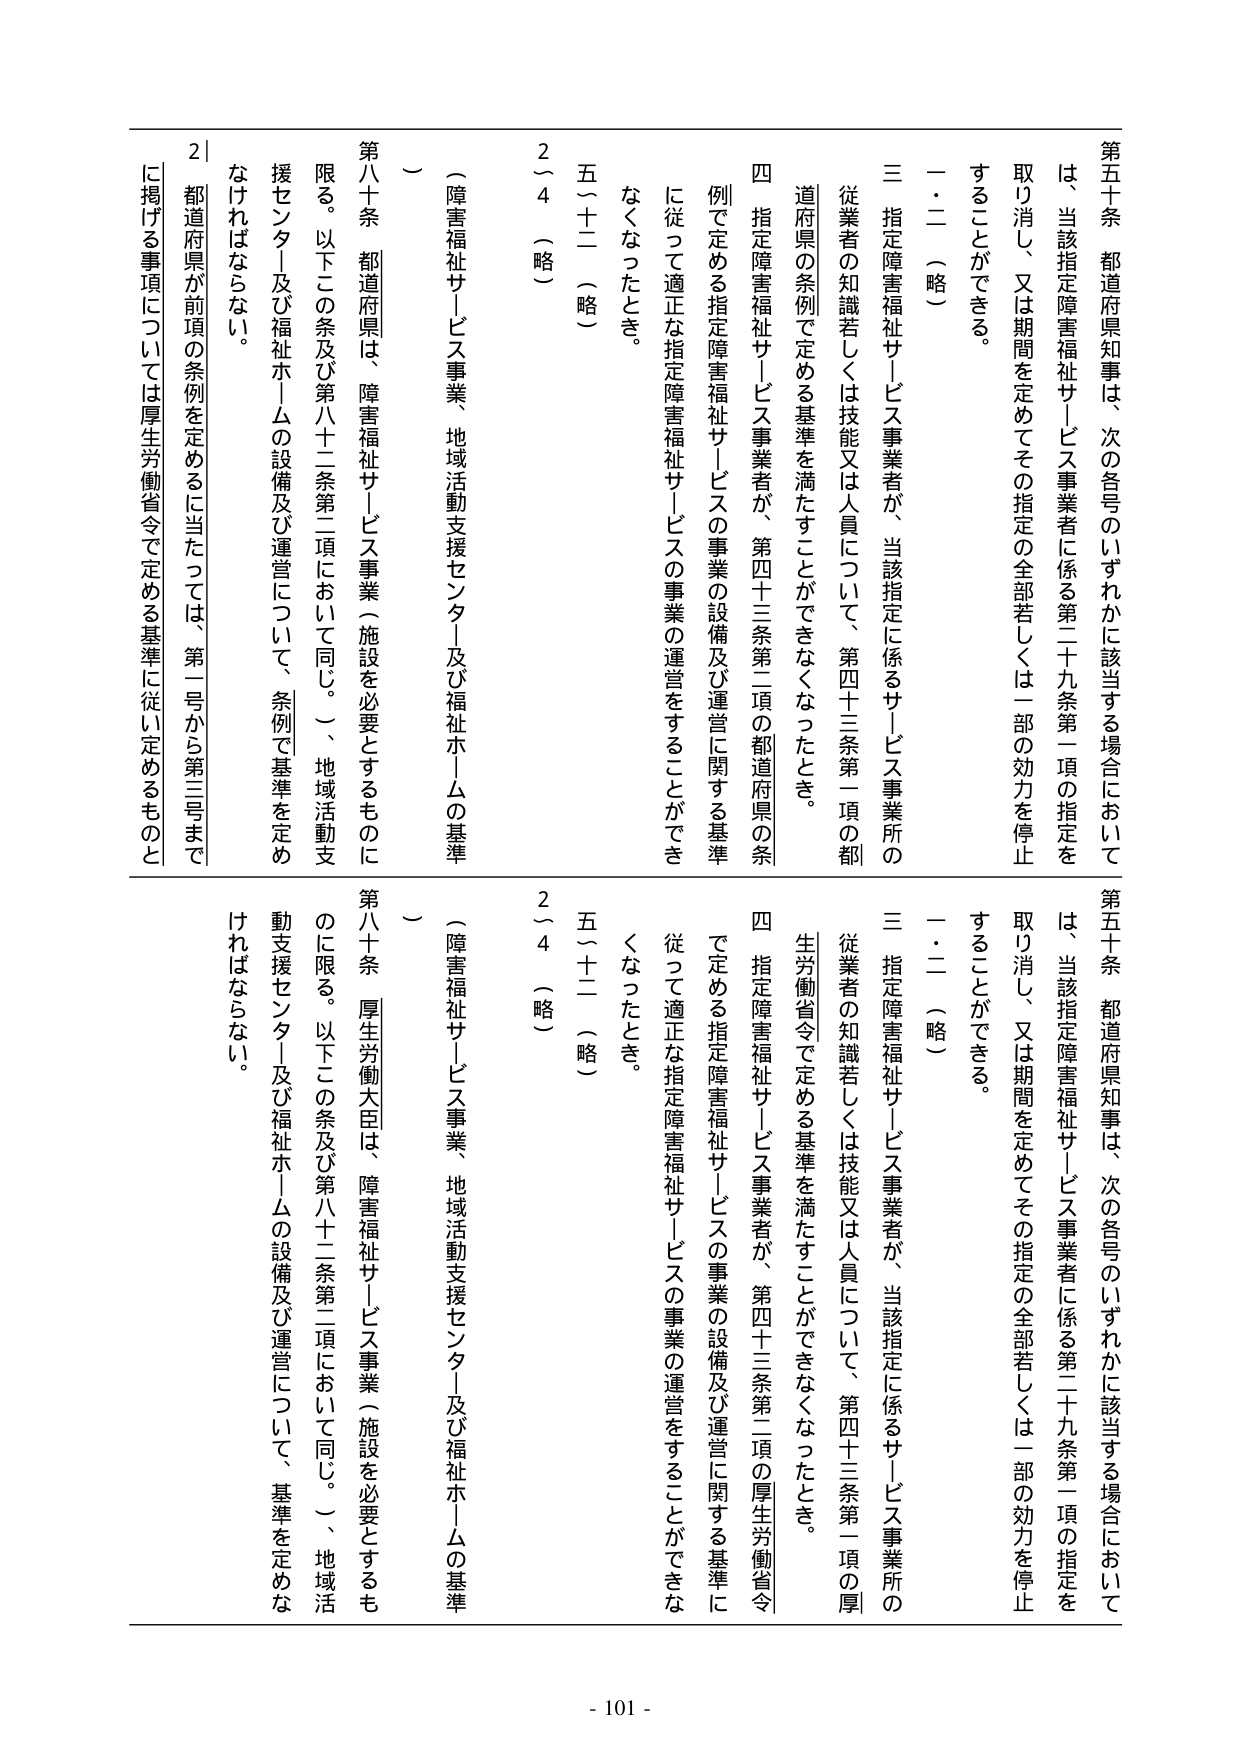
第五十条 都道府県知事は、次の各号のいずれかに該当する場合においては、当該指定障害福祉サービス事業者に係る第二十九条第一項の指定を取り消し、又は期間を定めてその指定の全部若しくは一部の効力を停止することができる。

一・二（略）

三 指定障害福祉サービス事業者が、当該指定に係るサービス事業所の従業者の知識若しくは技能又は人員について、第四十三条第一項の都道府県の条例で定める基準を満たすことができなくなったとき。

四 指定障害福祉サービス事業者が、第四十三条第二項の都道府県の条例で定める指定障害福祉サービスの事業の設備及び運営に関する基準に従って適正な指定障害福祉サービスの事業の運営をすることができなくなったとき。

五（十二）（略）

2～4（略）

（障害福祉サービス事業、地域活動支援センター及び福祉ホームの基準）

第八十条 都道府県は、障害福祉サービス事業（施設を必要とするものに限る。以下この条及び第八十二条第二項において同じ。）、地域活動支援センター及び福祉ホームの設備及び運営について、条例で基準を定めなければならない。

2｜都道府県が前項の条例を定めるに当たっては、第一号から第三号までに掲げる事項については厚生労働省令で定める基準に従い定めるものと

第五十条 都道府県知事は、次の各号のいずれかに該当する場合においては、当該指定障害福祉サービス事業者に係る第二十九条第一項の指定を取り消し、又は期間を定めてその指定の全部若しくは一部の効力を停止することができる。

一・二（略）

三 指定障害福祉サービス事業者が、当該指定に係るサービス事業所の従業者の知識若しくは技能又は人員について、第四十三条第一項の厚生労働省令で定める基準を満たすことができなくなったとき。

四 指定障害福祉サービス事業者が、第四十三条第二項の厚生労働省令で定める指定障害福祉サービスの事業の設備及び運営に関する基準に従って適正な指定障害福祉サービスの事業の運営をすることができなくなったとき。

五（十二）（略）

2～4（略）

（障害福祉サービス事業、地域活動支援センター及び福祉ホームの基準）

第八十条 厚生労働大臣は、障害福祉サービス事業（施設を必要とするものに限る。以下この条及び第八十二条第二項において同じ。）、地域活動支援センター及び福祉ホームの設備及び運営について、基準を定めなければならない。

- 101 -